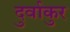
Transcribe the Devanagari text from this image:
दुर्वाकुर